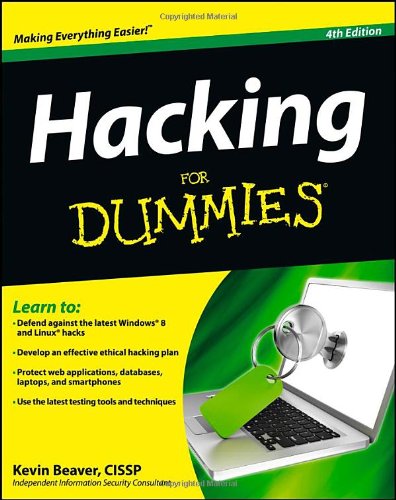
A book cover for Hacking For Dummies; Kevin Beaver; Computers & Technology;